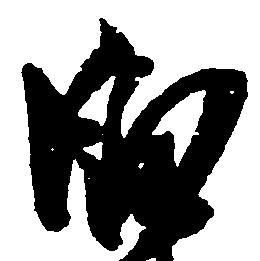
臼